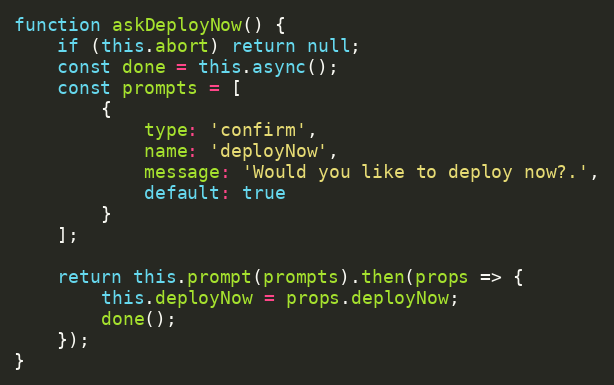
Language: JavaScript
function askDeployNow() {
    if (this.abort) return null;
    const done = this.async();
    const prompts = [
        {
            type: 'confirm',
            name: 'deployNow',
            message: 'Would you like to deploy now?.',
            default: true
        }
    ];

    return this.prompt(prompts).then(props => {
        this.deployNow = props.deployNow;
        done();
    });
}